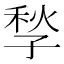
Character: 𡥻